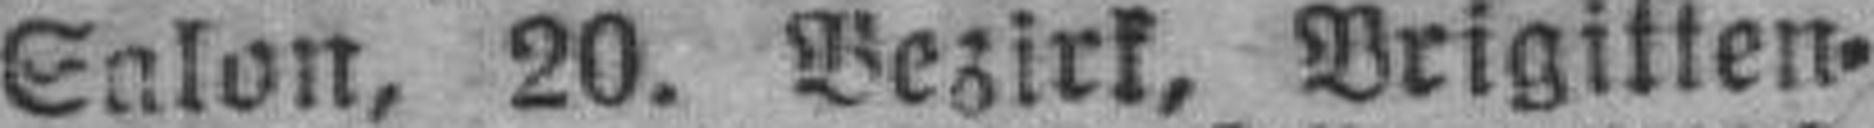
Salon, 20. Bezirk, Brigitten¬